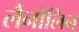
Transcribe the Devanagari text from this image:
लैनोलिन